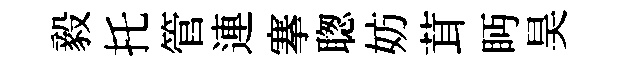
毅托管連搴聦妨茸眄昊